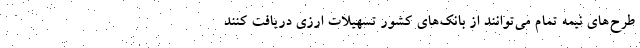
طرح‌های نیمه تمام می‌توانند از بانک‌های کشور تسهیلات ارزی دریافت کنند